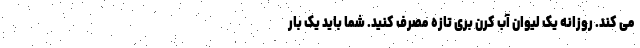
می کند. روزانه یک لیوان آب کرن بری تازه مصرف کنید. شما باید یک بار